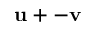
\mathbf { u } + - \mathbf { v }